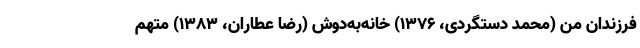
فرزندان من (محمد دستگردی، ۱۳۷۶) خانه‌به‌دوش (رضا عطاران، ۱۳۸۳) متهم